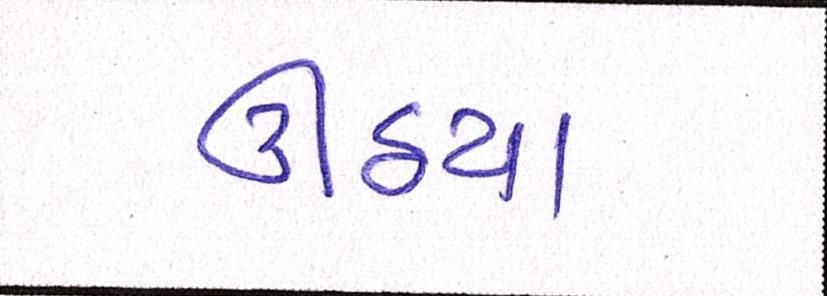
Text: ઊઠયા